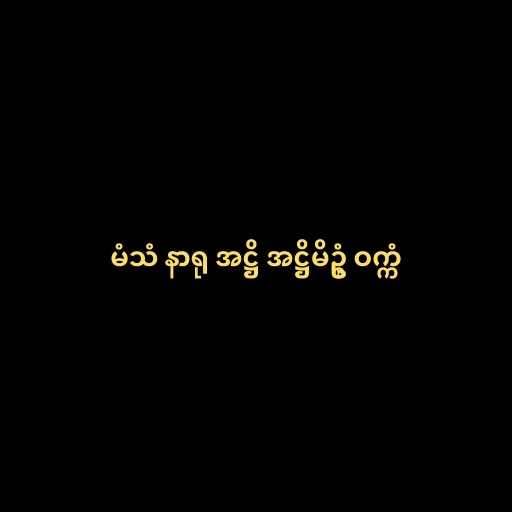
မံသံ နာရု အဋ္ဌိ အဋ္ဌိမိဥ္စံ ဝက္ကံ